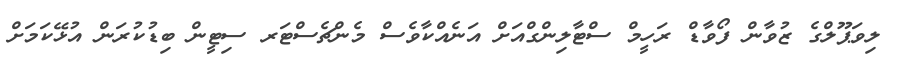
ލިވަޕޫލްގެ ޒުވާން ފޯވާޑް ރަހީމް ސްޓާލިންގްއަށް އަނެއްކާވެސް މެންޗެސްޓަރ ސިޓީން ބިޑުކުރަން އުޅޭކަމަށް